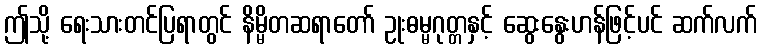
ဤသို့ ရေးသားတင်ပြရာတွင် နိမ္မိတဆရာတော် ဥုးဓမ္မဂုတ္တနှင့် ဆွေးနွေးဟန်ဖြင့်ပင် ဆက်လက်